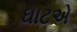
ઘાટએ